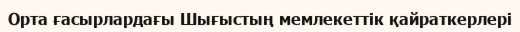
Орта ғасырлардағы Шығыстың мемлекеттік қайраткерлері